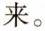
来。